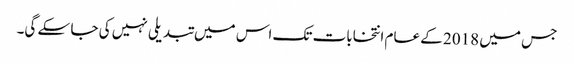
جس میں 2018 کے عام انتخابات تک اس میں تبدیلی نہیں کی جا سکے گی۔